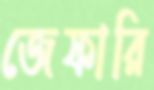
জেফারি